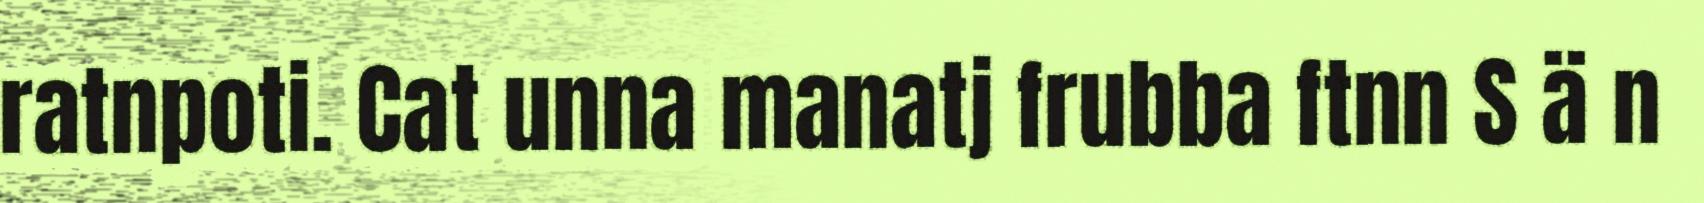
ratnpoti. Cat unna manatj frubba ftnn S ä n